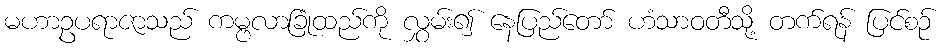
မဟာဥပရာဇာသည် ကမ္ဗလာခြုံထည်ကို လွှမ်း၍ နေပြည်တော် ဟံသာဝတီသို့ တက်ရန် ပြင်စဉ်